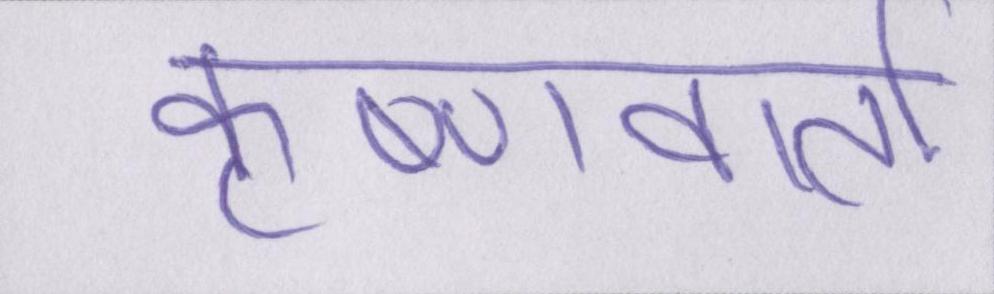
कृष्णवार्ता